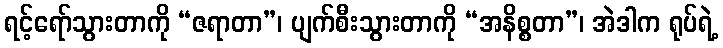
ရင့်ရော်သွားတာကို “ဇရာတာ”၊ ပျက်စီးသွားတာကို “အနိစ္စတာ”၊ အဲဒါက ရုပ်ရဲ့